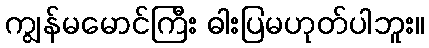
ကျွန်မမောင်ကြီး ဓါးပြမဟုတ်ပါဘူး။